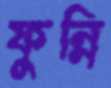
ফুন্নি